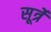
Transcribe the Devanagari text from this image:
सूर्त्रे